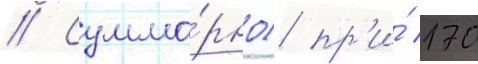
// Сумма́рно) пр'и́ 170